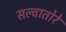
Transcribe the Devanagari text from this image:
सल्वातोरे